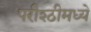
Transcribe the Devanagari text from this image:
परीश्ठीमध्ये